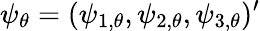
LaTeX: \psi_{\theta}=(\psi_{1,\theta},\psi_{2,\theta},\psi_{3,\theta})^{\prime}